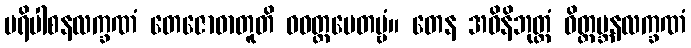
ပရိပါစနလက္ခဏံ တေဇောဓာတူတိ ဝဝတ္ထပေတဗ္ဗံ။ တေန အဝိနိဘုတ္တံ ဝိတ္ထမ္ဘနလက္ခဏံ